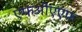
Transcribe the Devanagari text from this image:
एफओएएफ